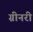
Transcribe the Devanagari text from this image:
ग्रीनरी